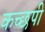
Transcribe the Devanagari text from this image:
कच्छपी